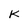
Character: K